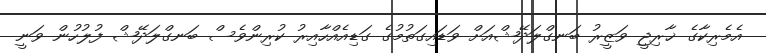
އެމެރިކާގެ ޚާރިޖީ ވަޒީރު ބަނގްލަދޭޝްއަށް ވަޑައިގަތުމުގެ ގަޑިއެއްހާއިރު ކުރިންވެސް ބަނގްލަދޭޝް ފުލުހުން ވަނީ